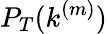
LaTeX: P_{T}(k^{(m)})